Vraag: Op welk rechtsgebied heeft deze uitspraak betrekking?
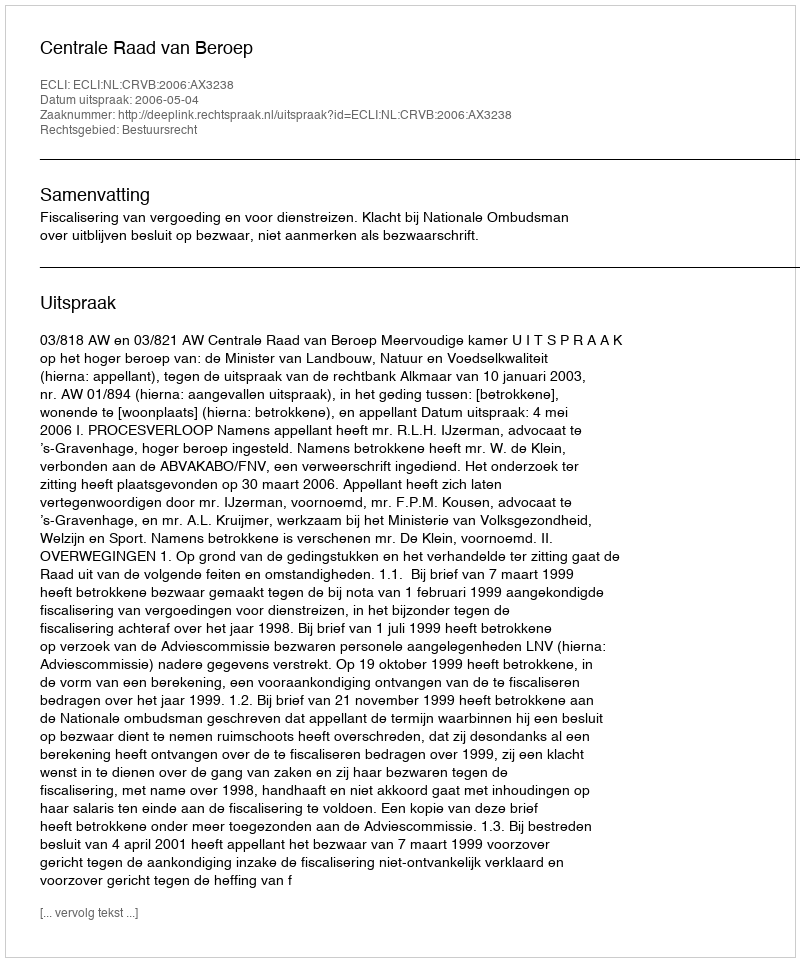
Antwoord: Bestuursrecht